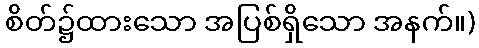
စိတ်၌ထားသော အပြစ်ရှိသော အနက်။)